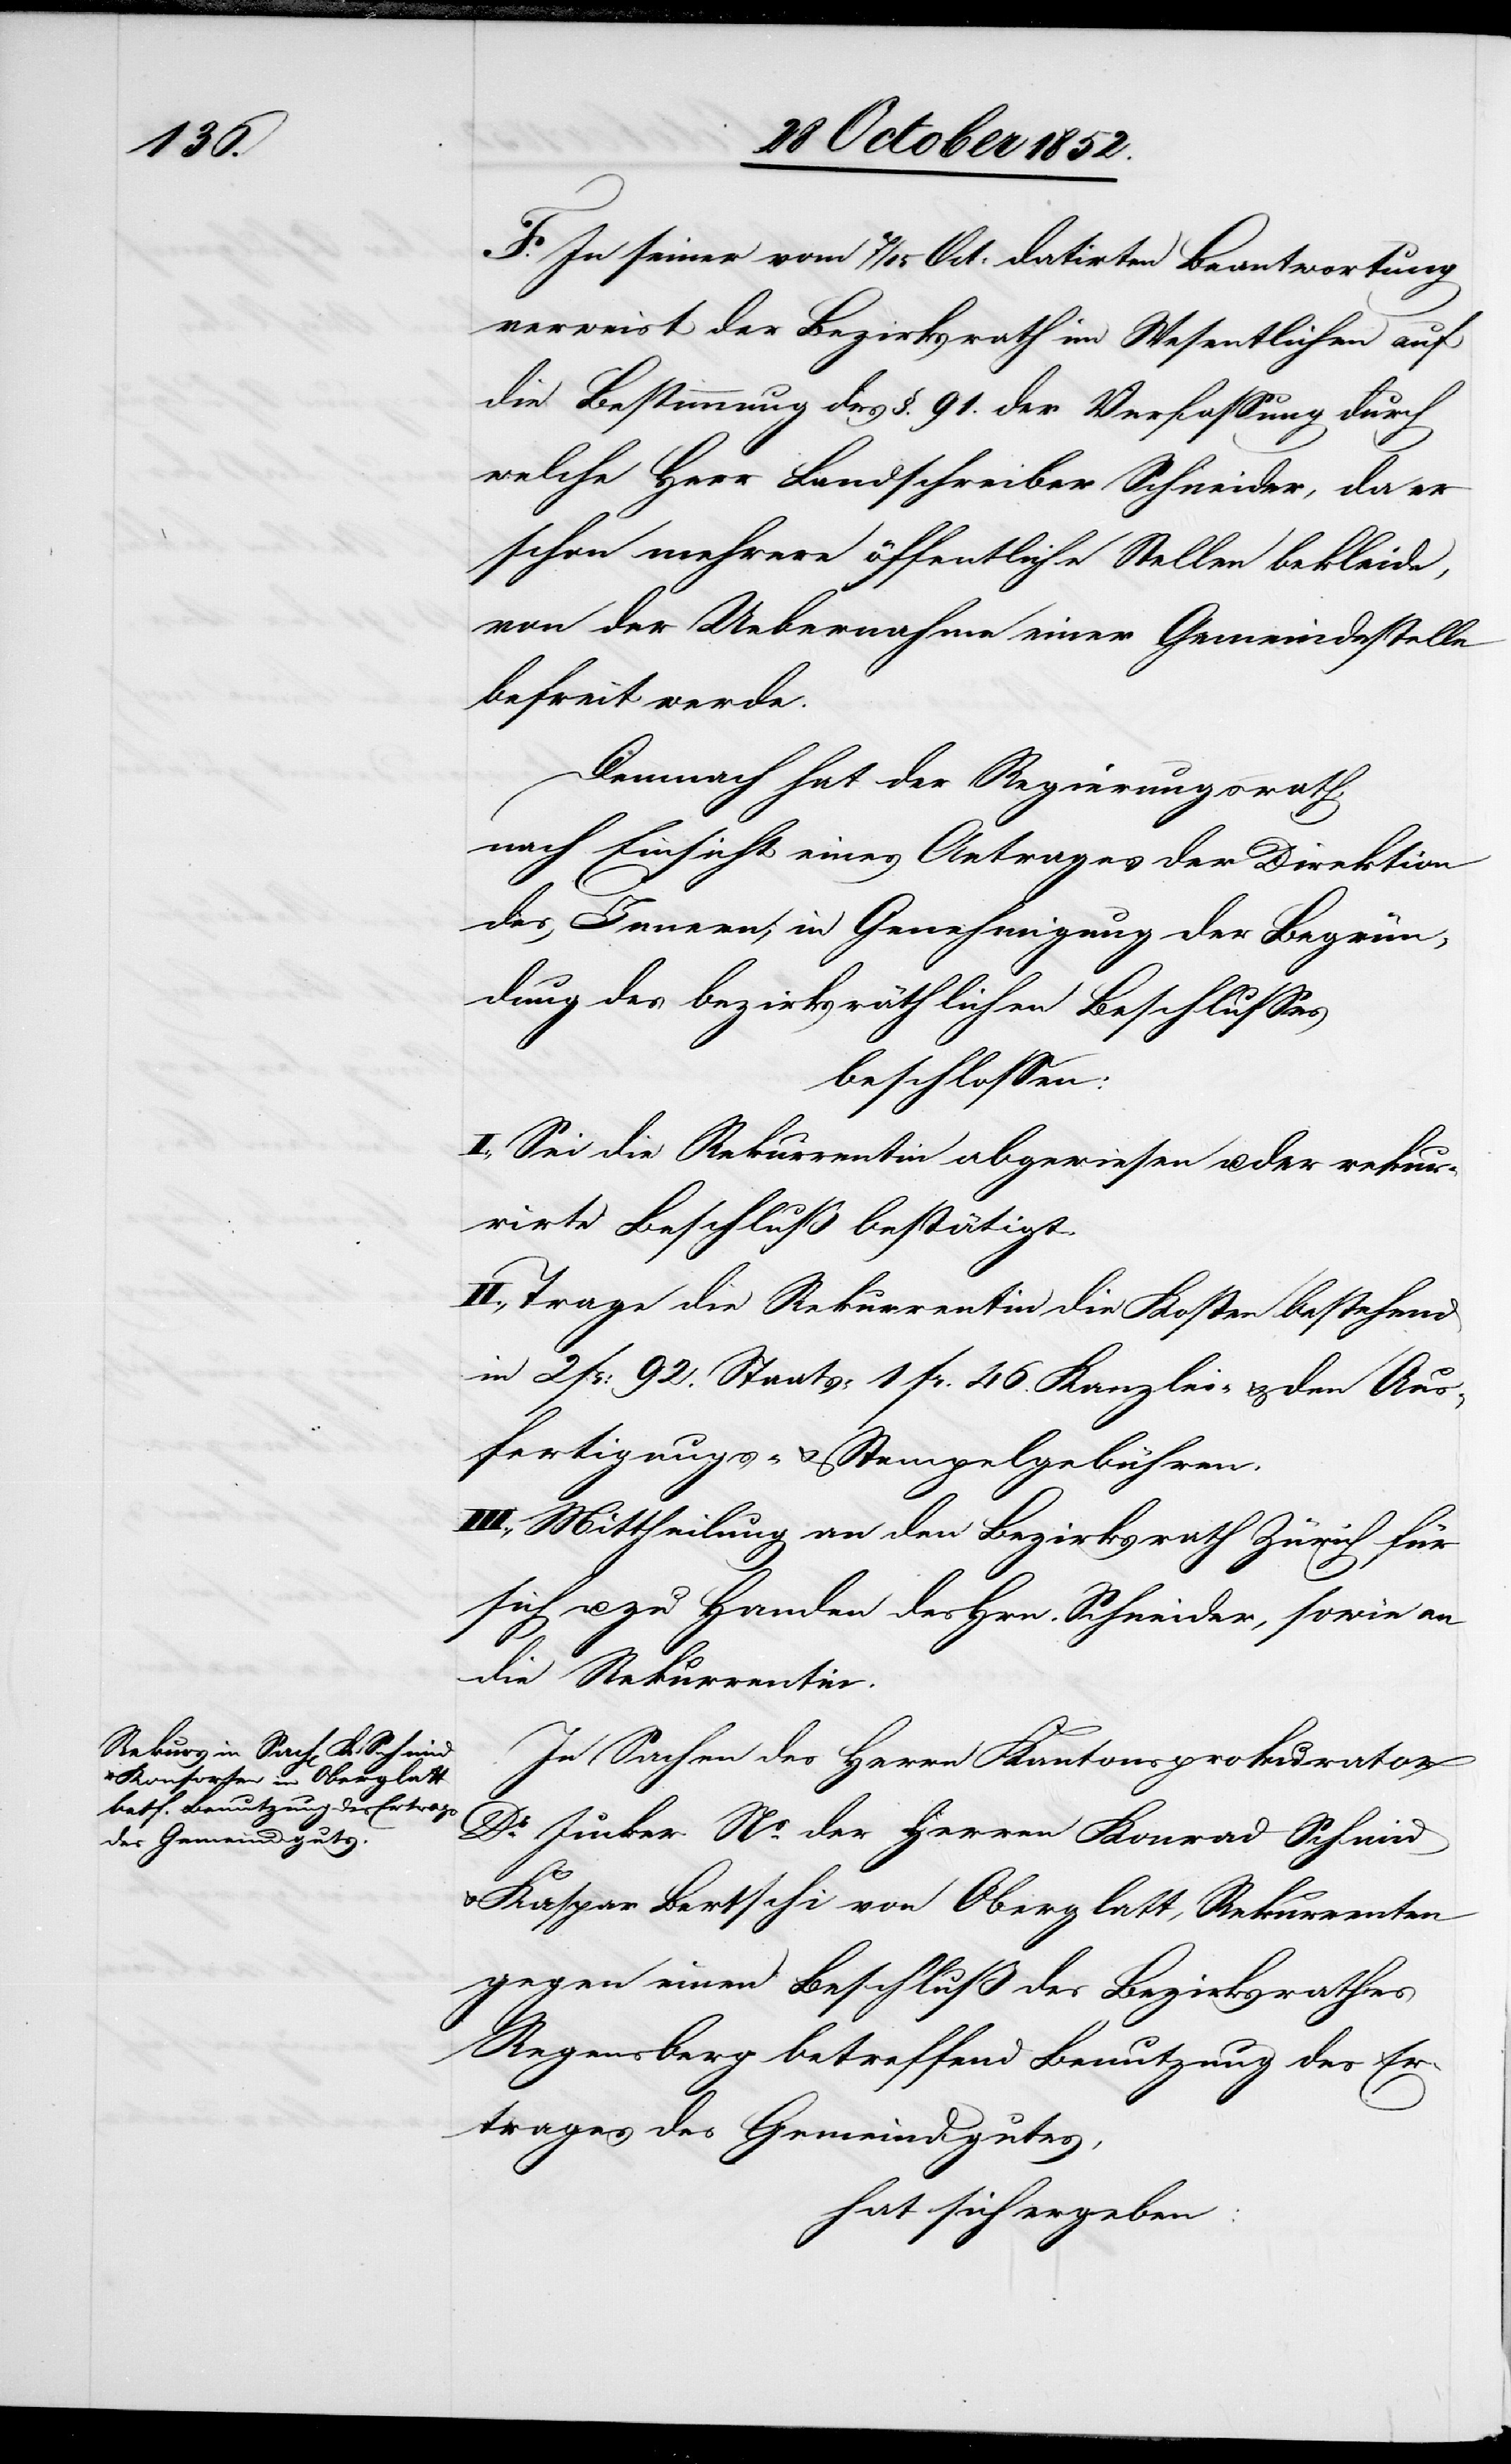
F. In seiner vom 7 / 15 Oct. datirten Beantwortung
verweist der Bezirksrath im Wesentlichen auf
die Bestimmung des §. 91. der Verfassung durch
welche Herr Landschreiber Schneider, da er
schon mehrere öffentliche Stellen bekleide,
von der Uebernahme einer Gemeindestelle
befreit werde.
Demnach hat der Regierungsrath,
nach Einsicht eines Antrages der Direktion
des Innern; in Genehmigung der Begrün¬
dung des bezirksräthlichen Beschlusses
beschlossen:
I., Sei die Rekurrentin abgewiesen u. der rekur¬
rirte Beschluß bestätigt.
II., Trage die Rekurrentin die Kosten bestehend
in 2 Fr: 92. Staats-[,] 1 Fr. 46. Kanzlei- & den Aus¬
fertigungs- & Stempelgebühren.
III., Mittheilung an den Bezirksrath Zürich für
sich u. zu Handen des Hrn. Schneider, sowie an
die Rekurrentin.
In Sachen des Herrn Kantonsprokurator
Dr. Jucker Ns. der Herren Konrad Schmid
Kaspar Bertschi von Oberglatt, Rekurrenten
gegen einen Beschluß des Bezirksrathes
Regensberg betreffend Benutzung des Er¬
trages des Gemeindgutes,
hat sich ergeben: